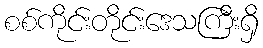
စစ်ကိုင်းတိုင်းဒေသကြီးရှိ